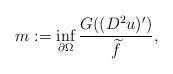
LaTeX: \begin{align*}m := \inf_{\partial \Omega} \frac{G ((D^2 u)')}{\widetilde{f}},\end{align*}